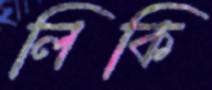
লিকি